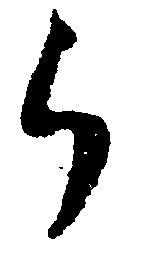
ら